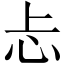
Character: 忐